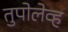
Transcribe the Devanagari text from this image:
तुपोलेव्ह